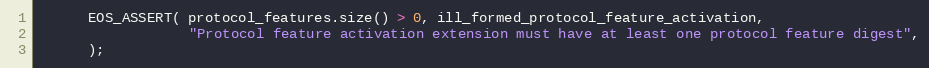
Language: C++
      EOS_ASSERT( protocol_features.size() > 0, ill_formed_protocol_feature_activation,
                  "Protocol feature activation extension must have at least one protocol feature digest",
      );